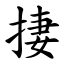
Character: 捿